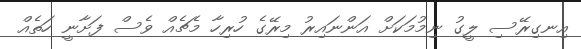
އިނގިރޭސި ލީގު ނިމުމަކަށް އަންނައިރު މިރޭގެ ހުރިހާ މެޗެއް ވެސް ފަށާނީ ހަތެއް